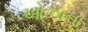
ઓઝાના